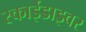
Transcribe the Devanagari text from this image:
स्काईडाइवर